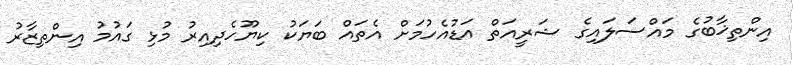
އިންތިޚާބުގެ މައްސަލައިގެ ޝަރީއަތް އަޑުއެހުމަށް އެތައް ބަޔަކު ކިޔޫހެދިއިރު މުޅި ގައުމު އިންތިޒާރު